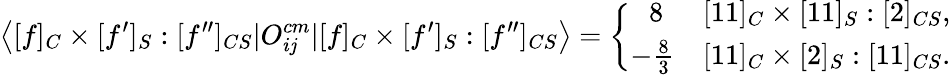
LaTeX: \left<[f]_{C}\times[f^{\prime}]_{S}:[f^{\prime\prime}]_{CS}|O_{i\mathit{j}}^{cm}|[f]_{C}\times[f^{\prime}]_{S}:[f^{\prime\prime}]_{CS}\right>=\left\{ \begin{array}{cl}{{\ 8}}&{{[11]_{C}\times[11]_{S}:[2]_{CS},}}\\ {{-\frac{8}{3}}}&{{[11]_{C}\times[2]_{S}:[11]_{CS}.}}\end{array}\right.